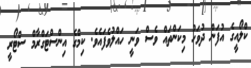
ކްލޯއީގެ އުފަން ދުވަހު މިކަންތައް ވެސް ވަނީ ހައްލުވެފައެވެ. ކިމްގެ އިންސްޓަގްރާމް ސްޓޯރީ